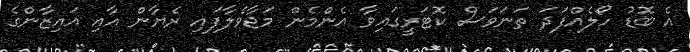
އެ ބޮޑު ހޯލެއްފަދަ ތަނަވަސް ކޮޓަރީގައިވާ އެންމެން މަޖާވެލާފައި ރެޔާން އާއި އައިޒާންގެ